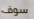
سوف